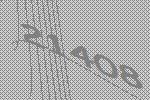
21408